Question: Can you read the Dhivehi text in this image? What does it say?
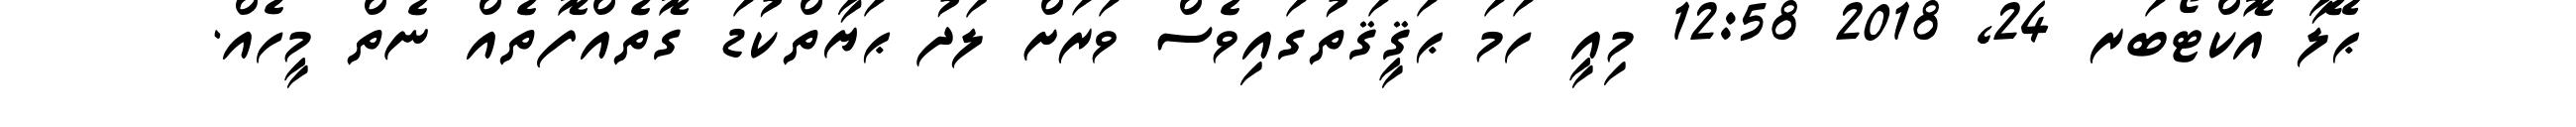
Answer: ޙޭލާ އޮކްޓޯބަރ 24, 2018 12:58 މިއީ ހަމަ ޙަޤީޤަތުގައިވެސް ވަރަށް ލަދު ޙަޔާތްކުޑަ ގޮތެއްފޮތެއް ނެތް މީހެއް.